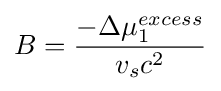
B={\frac {-\Delta \mu _{1}^{excess}}{{v_{s}}{c^{2}}}}